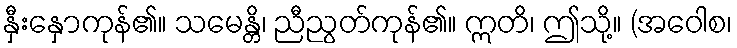
နှီးနှောကုန်၏။ သမေန္တိ၊ ညီညွတ်ကုန်၏။ ဣတိ၊ ဤသို့။ (အဝေါစ၊